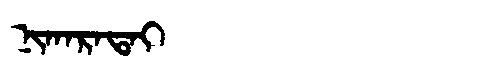
Manchu: ᠨᡳᡴᠠᡵᠠᡨᠠᡳ
Romanization: NIKARATAI